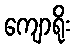
ကျောရိုး